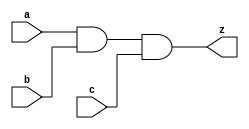
//#############################################################################
//# Function: 3 Input And Gate                                                #
//#                                                                           #
//# Copyright: OH Project Authors. ALl rights Reserved.                       #
//# License:  MIT (see LICENSE file in OH repository)                         # 
//#############################################################################

module oh_and3 #(parameter DW = 1 ) // array width
   (
    input [DW-1:0]  a,
    input [DW-1:0]  b,
    input [DW-1:0]  c, 
    output [DW-1:0] z
    );
   
   assign z = a & b & c;
   
endmodule